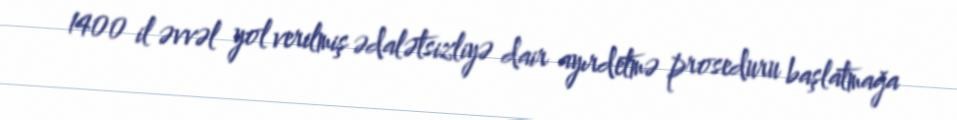
1400 il əvvəl yol verilmiş ədalətsizliyə dair ayırdetmə proseduru başlatmağa